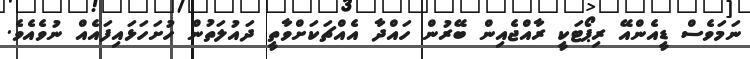
ނަމަވެސް ޑީއެންއޭ ރިޕޯޓަކީ ރާއްޖެއިން ބޭރުން ހައްދާ އެއްޗަކަށްވާތީ ދައުލަތުން ހުށަހަޅައިފައެއް ނުވެއެވެ.